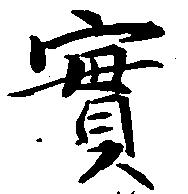
実